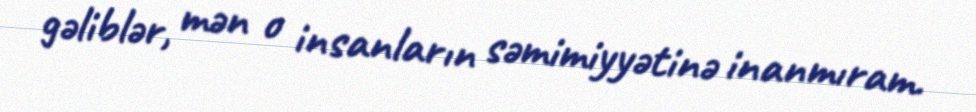
gəliblər, mən o insanların səmimiyyətinə inanmıram.